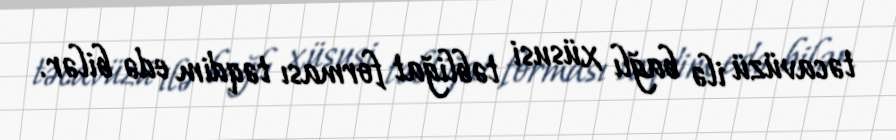
təcavüzü ilə bağlı xüsusi təbliğat forması təqdim edə bilər.